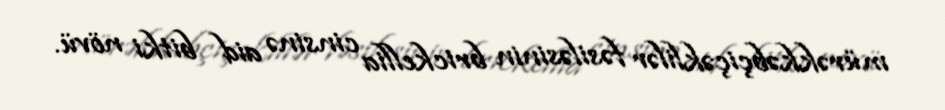
mürəkkəbçiçəklilər fəsiləsinin brickellia cinsinə aid bitki növü.